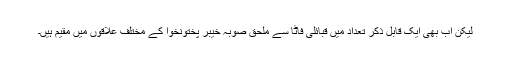
لیکن اب بھی ایک قابلِ ذکر تعداد میں قبائلی فاٹا سے ملحق صوبہ خیبر پختونخوا کے مختلف علاقوں میں مقیم ہیں۔